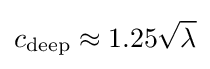
c_{\text{deep}}\approx 1.25{\sqrt {\lambda }}